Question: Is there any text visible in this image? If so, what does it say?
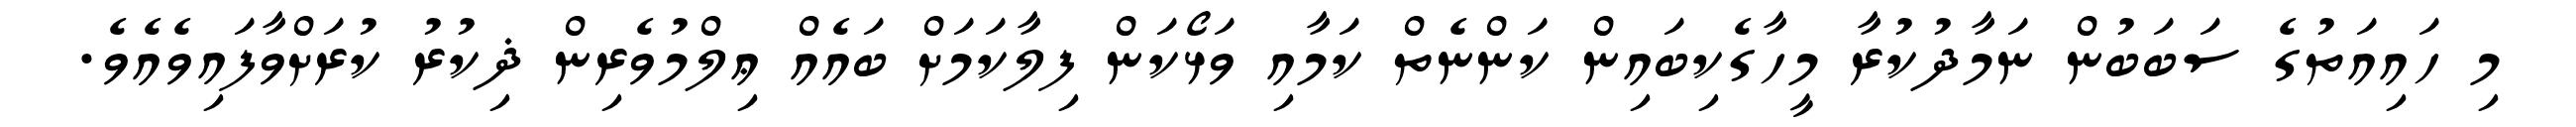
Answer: މި ހައިއަތުގެ ސަބަބުން ނަމާދުކުރާ މީހާގެކިބައިން ކަންނެތް ކަމާއި ވަޅޯކަން ފިލާކަމަށް ބައެއް ޢިލްމުވެރިން ޛިކުރު ކުރަށްވާފައިވެއެވެ.